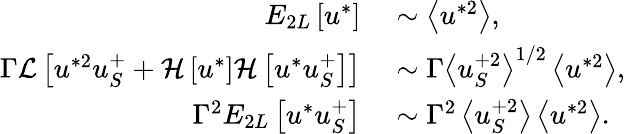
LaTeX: \begin{array}{rl}{E_{2L}\left[u^{*}\right]}&{{}\sim\left<u^{*2}\right>,}\\ {\Gamma\mathcal{L}\left[u^{*2}u_{S}^{+}+\mathcal{H}\left[u^{*}\right]\mathcal{H}\left[u^{*}u_{S}^{+}\right]\right]}&{{}\sim\Gamma\left<u_{S}^{+2}\right>^{1/2}\left<u^{*2}\right>,}\\ {\Gamma^{2}E_{2L}\left[u^{*}u_{S}^{+}\right]}&{{}\sim\Gamma^{2}\left<u_{S}^{+2}\right>\left<u^{*2}\right>.}\end{array}